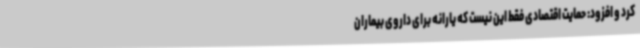
کرد و افزود: حمایت اقتصادی فقط این نیست که یارانه برای داروی بیماران